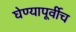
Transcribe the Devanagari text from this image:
घेण्यापूर्वीच